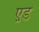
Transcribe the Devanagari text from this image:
ए़ड